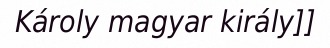
Károly magyar király]]